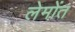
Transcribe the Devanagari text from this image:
लेमोंत